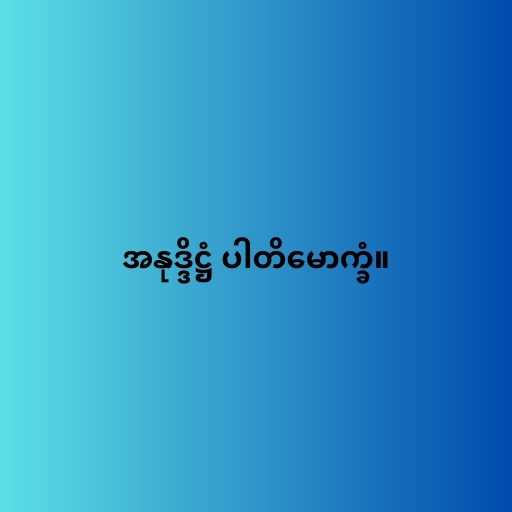
အနုဒ္ဒိဋ္ဌံ ပါတိမောက္ခံ။